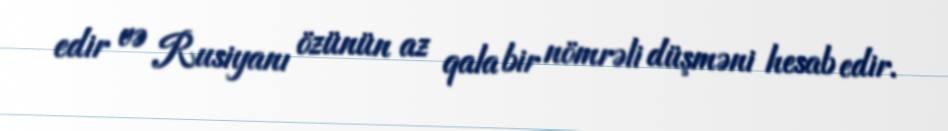
edir və Rusiyanı özünün az qala bir nömrəli düşməni hesab edir.